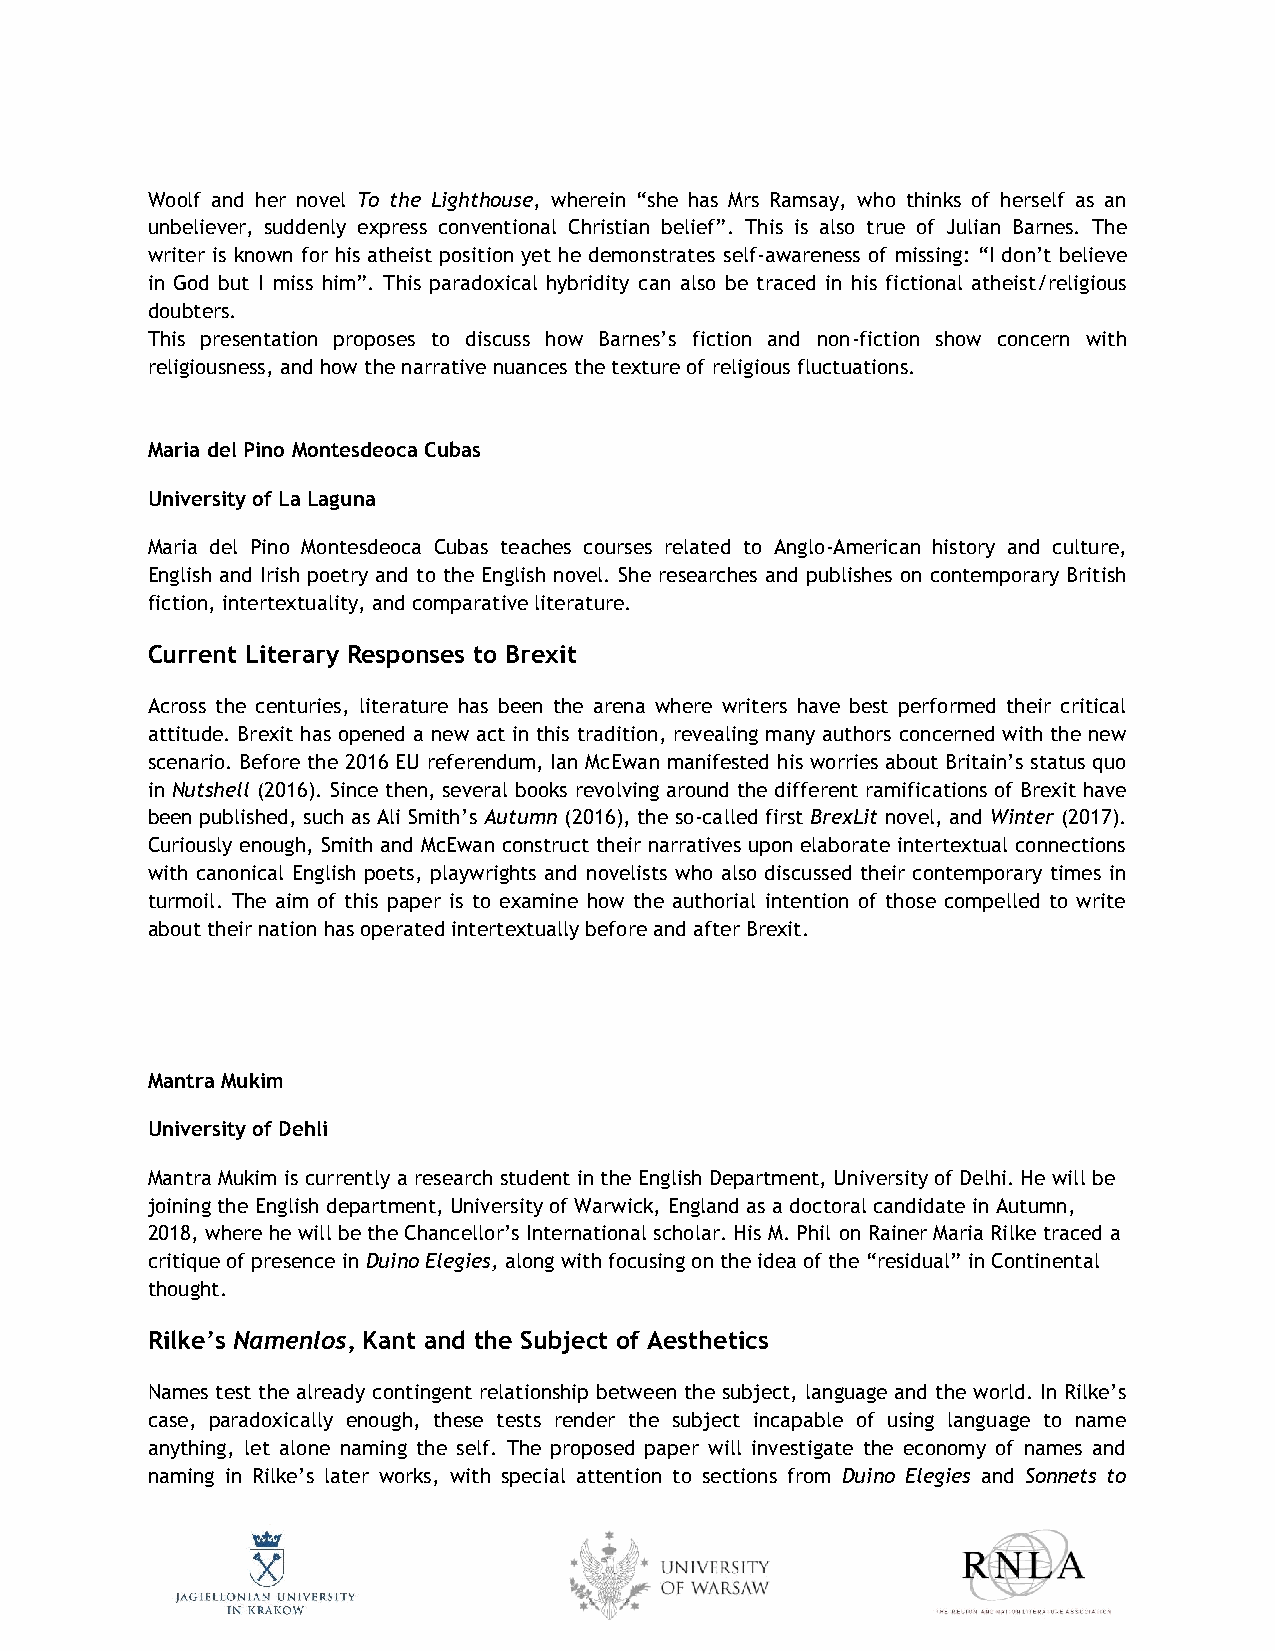
Woolf and her novel To the Lighthouse, wherein “she has Mrs Ramsay, who thinks of herself as an
 unbeliever, suddenly express conventional Christian belief”. This is also true of Julian Barnes. The
 writer is known for his atheist position yet he demonstrates self-awareness of missing: “I don’t believe
 in God but I miss him”. This paradoxical hybridity can also be traced in his fictional atheist/religious
 doubters.
 This presentation proposes to discuss how Barnes’s fiction and non-fiction show concern with
 religiousness, and how the narrative nuances the texture of religious fluctuations.
 Maria del Pino Montesdeoca Cubas
 University of La Laguna
 Maria del Pino Montesdeoca Cubas teaches courses related to Anglo-American history and culture,
 English and Irish poetry and to the English novel. She researches and publishes on contemporary British
 fiction, intertextuality, and comparative literature.
 Current Literary Responses to Brexit
 Across the centuries, literature has been the arena where writers have best performed their critical
 attitude. Brexit has opened a new act in this tradition, revealing many authors concerned with the new
 scenario. Before the 2016 EU referendum, Ian McEwan manifested his worries about Britain’s status quo
 in Nutshell (2016). Since then, several books revolving around the different ramifications of Brexit have
 been published, such as Ali Smith’s Autumn (2016), the so-called first BrexLit novel, and Winter (2017).
 Curiously enough, Smith and McEwan construct their narratives upon elaborate intertextual connections
 with canonical English poets, playwrights and novelists who also discussed their contemporary times in
 turmoil. The aim of this paper is to examine how the authorial intention of those compelled to write
 about their nation has operated intertextually before and after Brexit.
 Mantra Mukim
 University of Dehli
 Mantra Mukim is currently a research student in the English Department, University of Delhi. He will be
 joining the English department, University of Warwick, England as a doctoral candidate in Autumn,
 2018, where he will be the Chancellor’s International scholar. His M. Phil on Rainer Maria Rilke traced a
 critique of presence in Duino Elegies, along with focusing on the idea of the “residual” in Continental
 thought.
 Rilke’s Namenlos, Kant and the Subject of Aesthetics
 Names test the already contingent relationship between the subject, language and the world. In Rilke’s
 case, paradoxically enough, these tests render the subject incapable of using language to name
 anything, let alone naming the self. The proposed paper will investigate the economy of names and
 naming in Rilke’s later works, with special attention to sections from Duino Elegies and Sonnets to